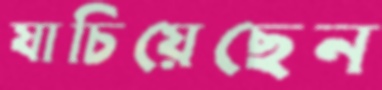
যাচিয়েছেন